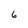
Character: 6